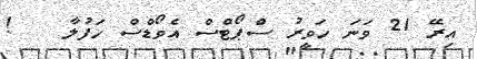
އިރޭ 21 ވަނަ ހަވީރު ސްޕޯޓްސް އެވޯޑްސް ހަފުލާ   !